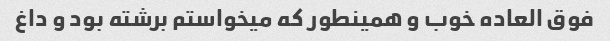
فوق العاده خوب و همینطور که میخواستم برشته بود و داغ